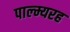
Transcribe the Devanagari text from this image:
पाल्म्यरह